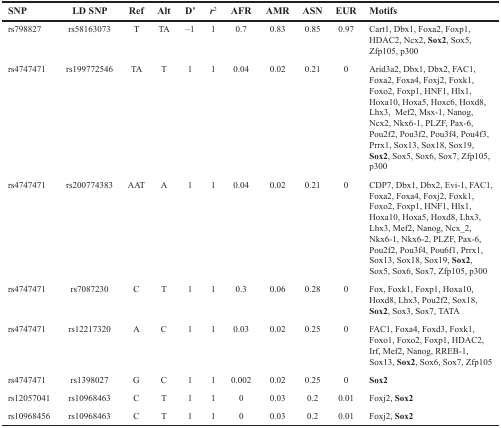
<table><thead><tr><td><b>SNP</b></td><td><b>LD SNP</b></td><td><b>Ref</b></td><td><b>Alt</b></td><td><b>D’</b></td><td><b><i>r</i><sup>2</sup></b></td><td><b>AFR</b></td><td><b>AMR</b></td><td><b>ASN</b></td><td><b>EUR</b></td><td><b>Motifs</b></td></tr></thead><tbody><tr><td>rs798827</td><td>rs58163073</td><td>T</td><td>TA</td><td>–1</td><td>1</td><td>0.7</td><td>0.83</td><td>0.85</td><td>0.97</td><td>Cart1, Dbx1, Foxa2, Foxp1, HDAC2, Ncx2, <b>Sox2</b>, Sox5, Zfp105, p300</td></tr><tr><td>rs4747471</td><td>rs199772546</td><td>TA</td><td>T</td><td>1</td><td>1</td><td>0.04</td><td>0.02</td><td>0.21</td><td>0</td><td>Arid3a2, Dbx1, Dbx2, FAC1, Foxa2, Foxa4, Foxj2, Foxk1, Foxo2, Foxp1, HNF1, Hlx1, Hoxa10, Hoxa5, Hoxc6, Hoxd8, Lhx3, Mef2, Msx-1, Nanog, Ncx2, Nkx6-1, PLZF, Pax-6, Pou2f2, Pou3f2, Pou3f4, Pou4f3, Prrx1, Sox13, Sox18, Sox19, <b>Sox2</b>, Sox5, Sox6, Sox7, Zfp105, p300</td></tr><tr><td>rs4747471</td><td>rs200774383</td><td>AAT</td><td>A</td><td>1</td><td>1</td><td>0.04</td><td>0.02</td><td>0.21</td><td>0</td><td>CDP7, Dbx1, Dbx2, Evi-1, FAC1, Foxa2, Foxa4, Foxj2, Foxk1, Foxo2, Foxp1, HNF1, Hlx1, Hoxa10, Hoxa5, Hoxd8, Lhx3, Lhx3, Mef2, Nanog, Ncx_2, Nkx6-1, Nkx6-2, PLZF, Pax-6, Pou2f2, Pou3f4, Pou6f1, Prrx1, Sox13, Sox18, Sox19, <b>Sox2</b>, Sox5, Sox6, Sox7, Zfp105, p300</td></tr><tr><td>rs4747471</td><td>rs7087230</td><td>C</td><td>T</td><td>1</td><td>1</td><td>0.3</td><td>0.06</td><td>0.28</td><td>0</td><td>Fox, Foxk1, Foxp1, Hoxa10, Hoxd8, Lhx3, Pou2f2, Sox18, <b>Sox2</b>, Sox3, Sox7, TATA</td></tr><tr><td>rs4747471</td><td>rs12217320</td><td>A</td><td>C</td><td>1</td><td>1</td><td>0.03</td><td>0.02</td><td>0.25</td><td>0</td><td>FAC1, Foxa4, Foxd3, Foxk1, Foxo1, Foxo2, Foxp1, HDAC2, Irf, Mef2, Nanog, RREB-1, Sox13, <b>Sox2</b>, Sox6, Sox7, Zfp105</td></tr><tr><td>rs4747471</td><td>rs1398027</td><td>G</td><td>C</td><td>1</td><td>1</td><td>0.002</td><td>0.02</td><td>0.25</td><td>0</td><td><b>Sox2</b></td></tr><tr><td>rs12057041</td><td>rs10968463</td><td>C</td><td>T</td><td>1</td><td>1</td><td>0</td><td>0.03</td><td>0.2</td><td>0.01</td><td>Foxj2, <b>Sox2</b></td></tr><tr><td>rs10968456</td><td>rs10968463</td><td>C</td><td>T</td><td>1</td><td>1</td><td>0</td><td>0.03</td><td>0.2</td><td>0.01</td><td>Foxj2, <b>Sox2</b></td></tr></tbody></table>